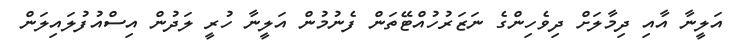
އަލީނާ އާއި ދިމާލަށް ދިވެހިންގެ ނަޒަރުހުއްޓޭތަން ފެނުމުން އަލީނާ ހުރީ ލަދުން އިސްއުފުލައިލަން